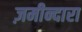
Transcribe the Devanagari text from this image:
ज़मीन्दारा